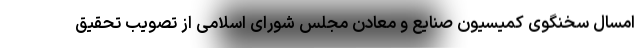
امسال سخنگوی کمیسیون صنایع و معادن مجلس شورای اسلامی از تصویب تحقیق